Scientific memoirs by medical officers of the Army of India - Part III,
Year: 1887
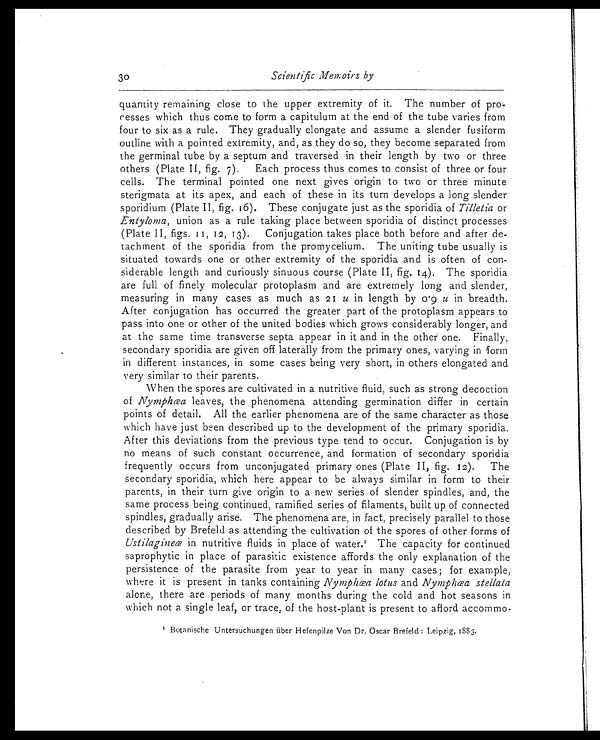
30
Scientific Memoirs by
quantity remaining close to the upper extremity of it. The number of pro--
cesses which thus come to form a capitulum at the end of the tube varies from
four to six as a rule. They gradually elongate and assume a slender fusiform
outline with a pointed extremity, and, as they do so, they become separated from
the germinal tube by a septum and traversed in their length by two or three
others (Plate II, fig. 7). Each process thus comes to consist of three or four
cells. The terminal pointed one next gives origin to two or three minute
sterigmata at its apex, and each of these in its turn develops a long slender
sporidium (Plate II, fig. 16). These conjugate just as the sporidia of Tilletia or
Entyloma, union as a rule taking place between sporidia of distinct processes
(Plate II, figs. 11, 12, 13). Conjugation takes place both before and after de--
tachment of the sporidia from the promycelium. The uniting tube usually is
situated towards one or other extremity of the sporidia and is often of con-
siderable length and curiously sinuous course (Plate II, fig. 14). The sporidia
are full of finely molecular protoplasm and are extremely long and slender,
measuring in many cases as much as 21 u. in length by 0.9 u in breadth.
After conjugation has occurred the greater part of the protoplasm appears to
pass into one or other of the united bodies which grows considerably longer, and
at the same time transverse septa appear in it and in the other one. Finally,
secondary sporidia are given off laterally from the primary ones, varying in form
in different instances, in some cases being very short, in others elongated and
very similar to their parents.
When the spores are cultivated in a nutritive fluid, such as strong decoction
of Nymphœa leaves, the phenomena attending germination differ in certain
points of detail. All the earlier phenomena are of the same character as those
which have just been described up to the development of the primary sporidia.
After this deviations from the previous type tend to occur. Conjugation is by
no means of such constant occurrence, and formation of secondary sporidia
frequently occurs from unconjugated primary ones (Plate II, fig. 12). The
secondary sporidia, which here appear to be always similar in form to their
parents, in their turn give origin to a new series of slender spindles, and, the
same process being continued, ramified series of filaments, built up of connected
spindles, gradually arise. The phenomena are, in fact, precisely parallel to those
described by Brefeld as attending the cultivation of the spores of other forms of
Ustilagineœ in nutritive fluids in place of water. 1 T h e c a p a c i t y f o r c o n t i n u e d
saprophytic in place of parasitic existence affords the only explanation of the
persistence of the parasite from year to year in many cases; for example,
where it is present in tanks containing Nymphœa lotus and Nymphœa stellata
alone, there are periods of many months during the cold and hot seasons in
which not a single leaf, or trace, of the host-plant is present to afford accommo-
1 Botanische Untersuchungen über Hefenpilze Von Dr. Oscar Brefeld: Leipzig, 1883.